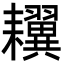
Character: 𦔫